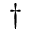
^ \dagger